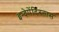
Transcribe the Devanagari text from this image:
इन्देपेंदिस्तास